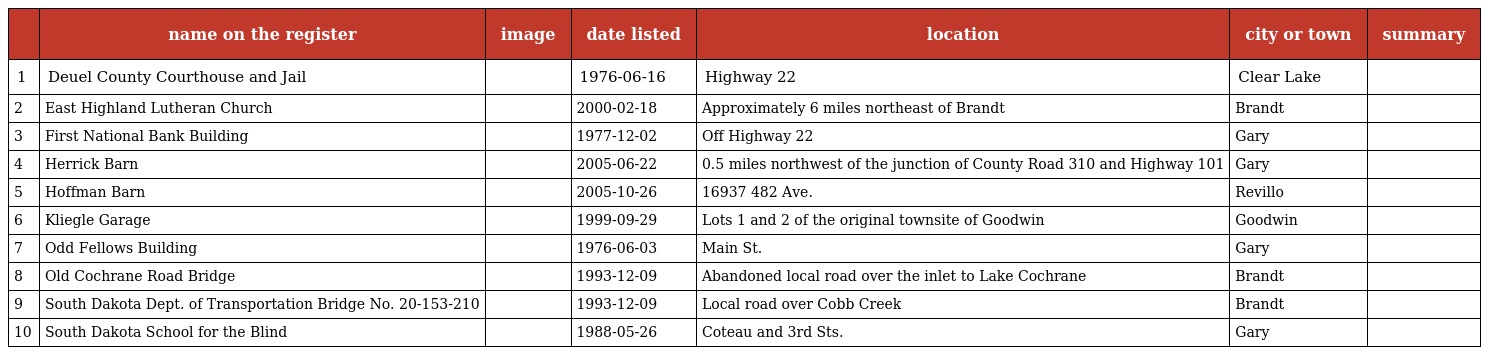
|  | name on the register | image | date listed | location | city or town | summary |
 | --- | --- | --- | --- | --- | --- | --- |
 | 1 | Deuel County Courthouse and Jail |  | 1976-06-16 | Highway 22 | Clear Lake |  |
 | 2 | East Highland Lutheran Church |  | 2000-02-18 | Approximately 6 miles northeast of Brandt | Brandt |  |
 | 3 | First National Bank Building |  | 1977-12-02 | Off Highway 22 | Gary |  |
 | 4 | Herrick Barn |  | 2005-06-22 | 0.5 miles northwest of the junction of County Road 310 and Highway 101 | Gary |  |
 | 5 | Hoffman Barn |  | 2005-10-26 | 16937 482 Ave. | Revillo |  |
 | 6 | Kliegle Garage |  | 1999-09-29 | Lots 1 and 2 of the original townsite of Goodwin | Goodwin |  |
 | 7 | Odd Fellows Building |  | 1976-06-03 | Main St. | Gary |  |
 | 8 | Old Cochrane Road Bridge |  | 1993-12-09 | Abandoned local road over the inlet to Lake Cochrane | Brandt |  |
 | 9 | South Dakota Dept. of Transportation Bridge No. 20-153-210 |  | 1993-12-09 | Local road over Cobb Creek | Brandt |  |
 | 10 | South Dakota School for the Blind |  | 1988-05-26 | Coteau and 3rd Sts. | Gary |  |